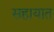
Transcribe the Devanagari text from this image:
सहायात